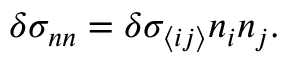
\begin{array} { r } { \delta \sigma _ { n n } = \delta \sigma _ { \langle i j \rangle } n _ { i } n _ { j } . } \end{array}